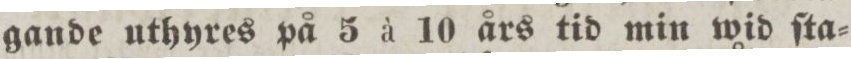
gande uthyres på 5 à 10 års tid min wid ſta=